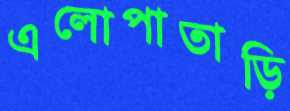
এলোপাতাড়ি